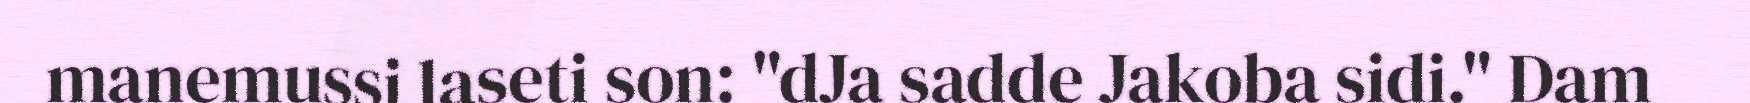
manemussi laseti son: "dJa sadde Jakoba sidi." Dam